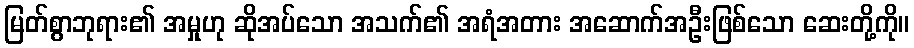
မြတ်စွာဘုရား၏ အမှုဟု ဆိုအပ်သော အသက်၏ အရံအတား အဆောက်အဦးဖြစ်သော ဆေးတို့ကို။